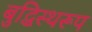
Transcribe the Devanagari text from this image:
बुद्धिस्थरूप